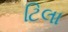
ટિલા